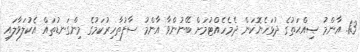
13. އާންމު ޞިއްޙަތުގެ ދުޅަހެޔޮކަން ދެމެހެއްޓުމަށް ބޭނުންވާ އާންމު ސާފުތާހިރުކަމުގެ މިންގަނޑުތައް އެކުލަވާލައި